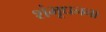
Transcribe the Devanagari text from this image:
शंभूधनना